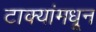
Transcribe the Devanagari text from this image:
टाक्यांमधून